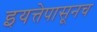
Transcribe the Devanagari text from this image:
इयत्तेपासूनच